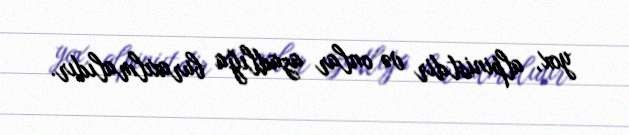
yox, alpinistdir və onlar azadlığa buraxılmalıdır.